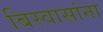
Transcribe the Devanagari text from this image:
बिस्वासांना